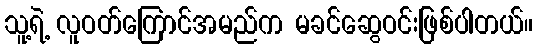
သူ့ရဲ့ လူဝတ်ကြောင်အမည်က မခင်ဆွေဝင်းဖြစ်ပါတယ်။